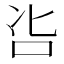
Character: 𠯺